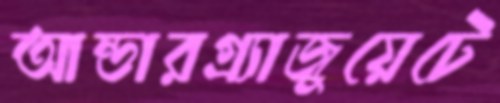
আন্ডারগ্র্যাজুয়েটে